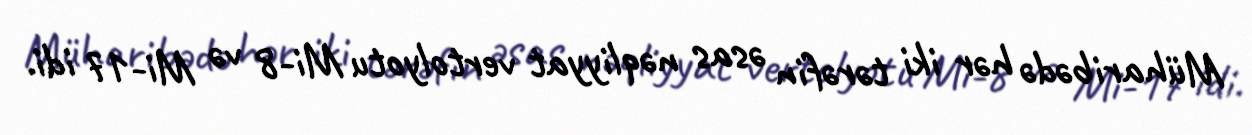
Müharibədə hər iki tərəfin əsas nəqliyyat vertolyotu Mi-8 və Mi-17 idi.